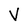
Character: V